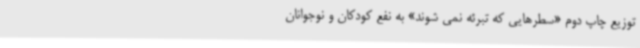
توزیع چاپ دوم «سطرهایی که تبرئه نمی شوند» به نفع کودکان و نوجوانان